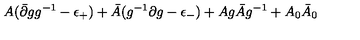
A ( \bar { \partial } g g ^ { - 1 } - \epsilon _ { + } ) + \bar { A } ( g ^ { - 1 } \partial g - \epsilon _ { - } ) + A g \bar { A } g ^ { - 1 } + A _ { 0 } \bar { A } _ { 0 }